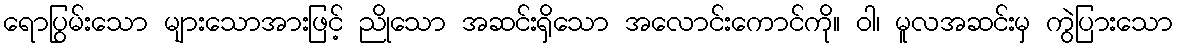
ရောပြွမ်းသော များသောအားဖြင့် ညိုသော အဆင်းရှိသော အလောင်းကောင်ကို။ ဝါ၊ မူလအဆင်းမှ ကွဲပြားသော